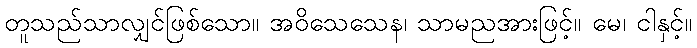
တူသည်သာလျှင်ဖြစ်သော။ အဝိသေသေန၊ သာမညအားဖြင့်။ မေ၊ ငါနှင့်။